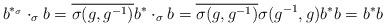
LaTeX: \begin{align*}b^{*_\sigma}\cdot_\sigma b=\overline{\sigma(g,g^{-1})}b^*\cdot_\sigma b=\overline{\sigma(g,g^{-1})}\sigma(g^{-1},g)b^*b=b^*b\end{align*}